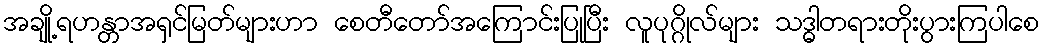
အချို့ရဟန္တာအရှင်မြတ်များဟာ စေတီတော်အကြောင်းပြုပြီး လူပုဂ္ဂိုလ်များ သဒ္ဓါတရားတိုးပွားကြပါစေ